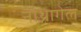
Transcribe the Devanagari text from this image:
नोथ्नागेल